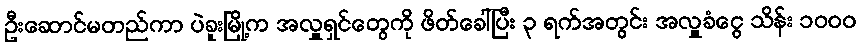
ဦးဆောင်မတည်ကာ ပဲခူးမြို့က အလှူရှင်တွေကို ဖိတ်ခေါ်ပြီး ၃ ရက်အတွင်း အလှူခံငွေ သိန်း ၁၀၀၀